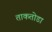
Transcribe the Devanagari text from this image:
ताकतोडा